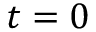
t = 0